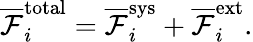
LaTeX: \overline{{\mathcal{F}}}_{i}^{\mathrm{total}}=\overline{{\mathcal{F}}}_{i}^{\mathrm{sys}}+\overline{{\mathcal{F}}}_{i}^{\mathrm{ext}}.